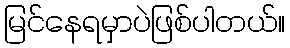
မြင်နေရမှာပဲဖြစ်ပါတယ်။